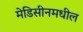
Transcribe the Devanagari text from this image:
मेडिसीनमधील